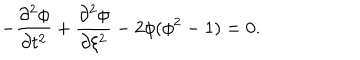
- \frac { \partial ^ { 2 } \phi } { \partial t ^ { 2 } } + \frac { \partial ^ { 2 } \phi } { \partial \xi ^ { 2 } } - 2 \phi ( \phi ^ { 2 } - 1 ) = 0 .